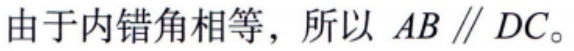
由于内错角相等，所以 \(AB \parallel DC\)。